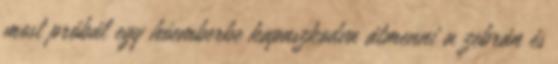
most próbál egy hóemberbe kapaszkodva átmenni a zebrán és